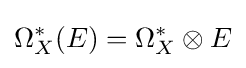
\Omega _{X}^{*}(E)=\Omega _{X}^{*}\otimes E